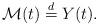
LaTeX: \begin{align*}\mathcal{M}(t)\stackrel{d}{=}Y(t).\end{align*}